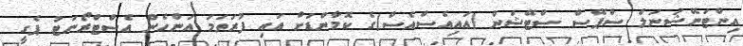
އިންޓަނޭޝަނަލް ސްޕޭސް ސްޓޭޝަން (އައިއެސްއެސް)ގެ ކޮމާންޑަށް އައި ފުރަތަމަ އަންހެން އެސްޓްރޯނަޓު ޕެގީ